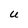
Character: U